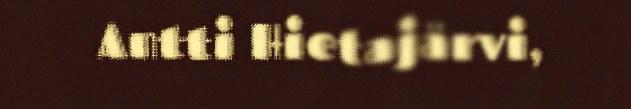
Antti Hietajärvi,